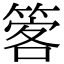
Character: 𥰋